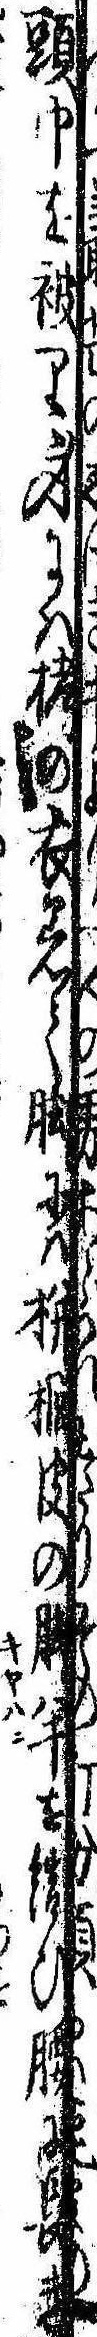
頭巾を被り身には栲の衣着て脚には櫚皮の脚半を結び腰に長き